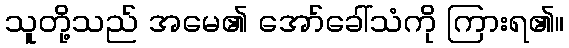
သူတို့သည် အမေ၏ အော်ခေါ်သံကို ကြားရ၏။